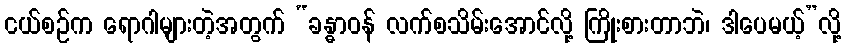
ငယ်စဉ်က ရောဂါများတဲ့အတွက် “ခန္ဓာဝန် လက်စသိမ်းအောင်လို့ ကြိုးစားတာဘဲ၊ ဒါပေမယ့်”လို့